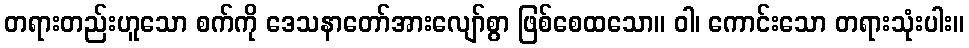
တရားတည်းဟူသော စက်ကို ဒေသနာတော်အားလျော်စွာ ဖြစ်စေထသော။ ဝါ၊ ကောင်းသော တရားသုံးပါး။